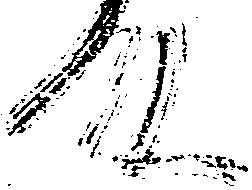
殿